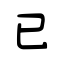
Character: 已